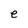
Character: e